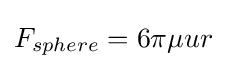
F_{sphere}=6\pi \mu ur